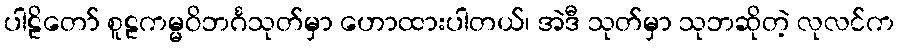
ပါဠိတော် စူဠကမ္မဝိဘင်္ဂသုတ်မှာ ဟောထားပါတယ်၊ အဲဒီ သုတ်မှာ သုဘဆိုတဲ့ လုလင်က